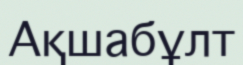
Ақшабұлт